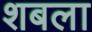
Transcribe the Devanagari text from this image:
शबला